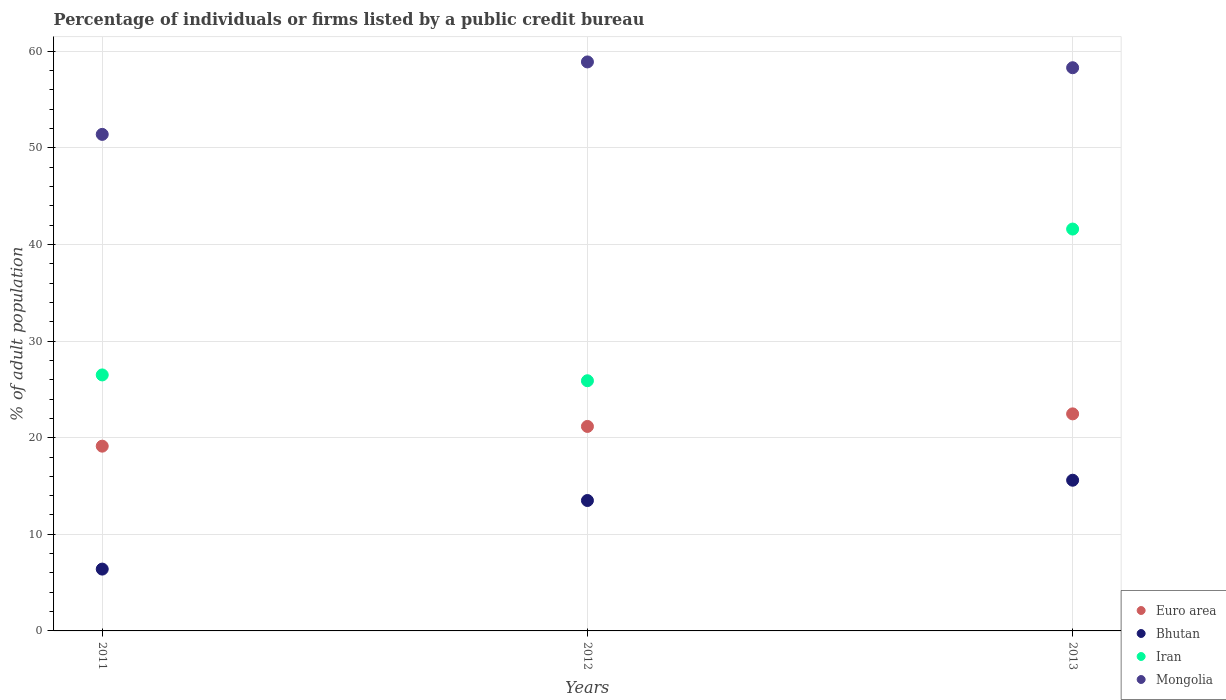
| Years | Euro area | Bhutan | Iran | Mongolia |
 | --- | --- | --- | --- | --- |
 | 2011 | 19.1 | 6.4 | 26.5 | 51.4 |
 | 2012 | 21.2 | 13.5 | 25.9 | 58.9 |
 | 2013 | 22.5 | 15.6 | 41.6 | 58.3 |